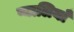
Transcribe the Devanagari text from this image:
प्यालियाँ